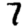
Digit: 7